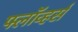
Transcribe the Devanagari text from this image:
फ्लॉव्हर्स